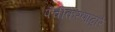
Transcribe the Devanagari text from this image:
पंचीकरणाद्वारे